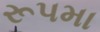
રૂપમા